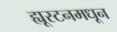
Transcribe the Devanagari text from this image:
ह्यूस्टनमधून